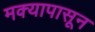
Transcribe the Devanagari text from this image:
मक्यापासून